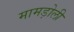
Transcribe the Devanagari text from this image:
मामड़ोली